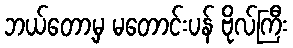
ဘယ်တော့မှ မတောင်းပန် ဗိုလ်ကြီး